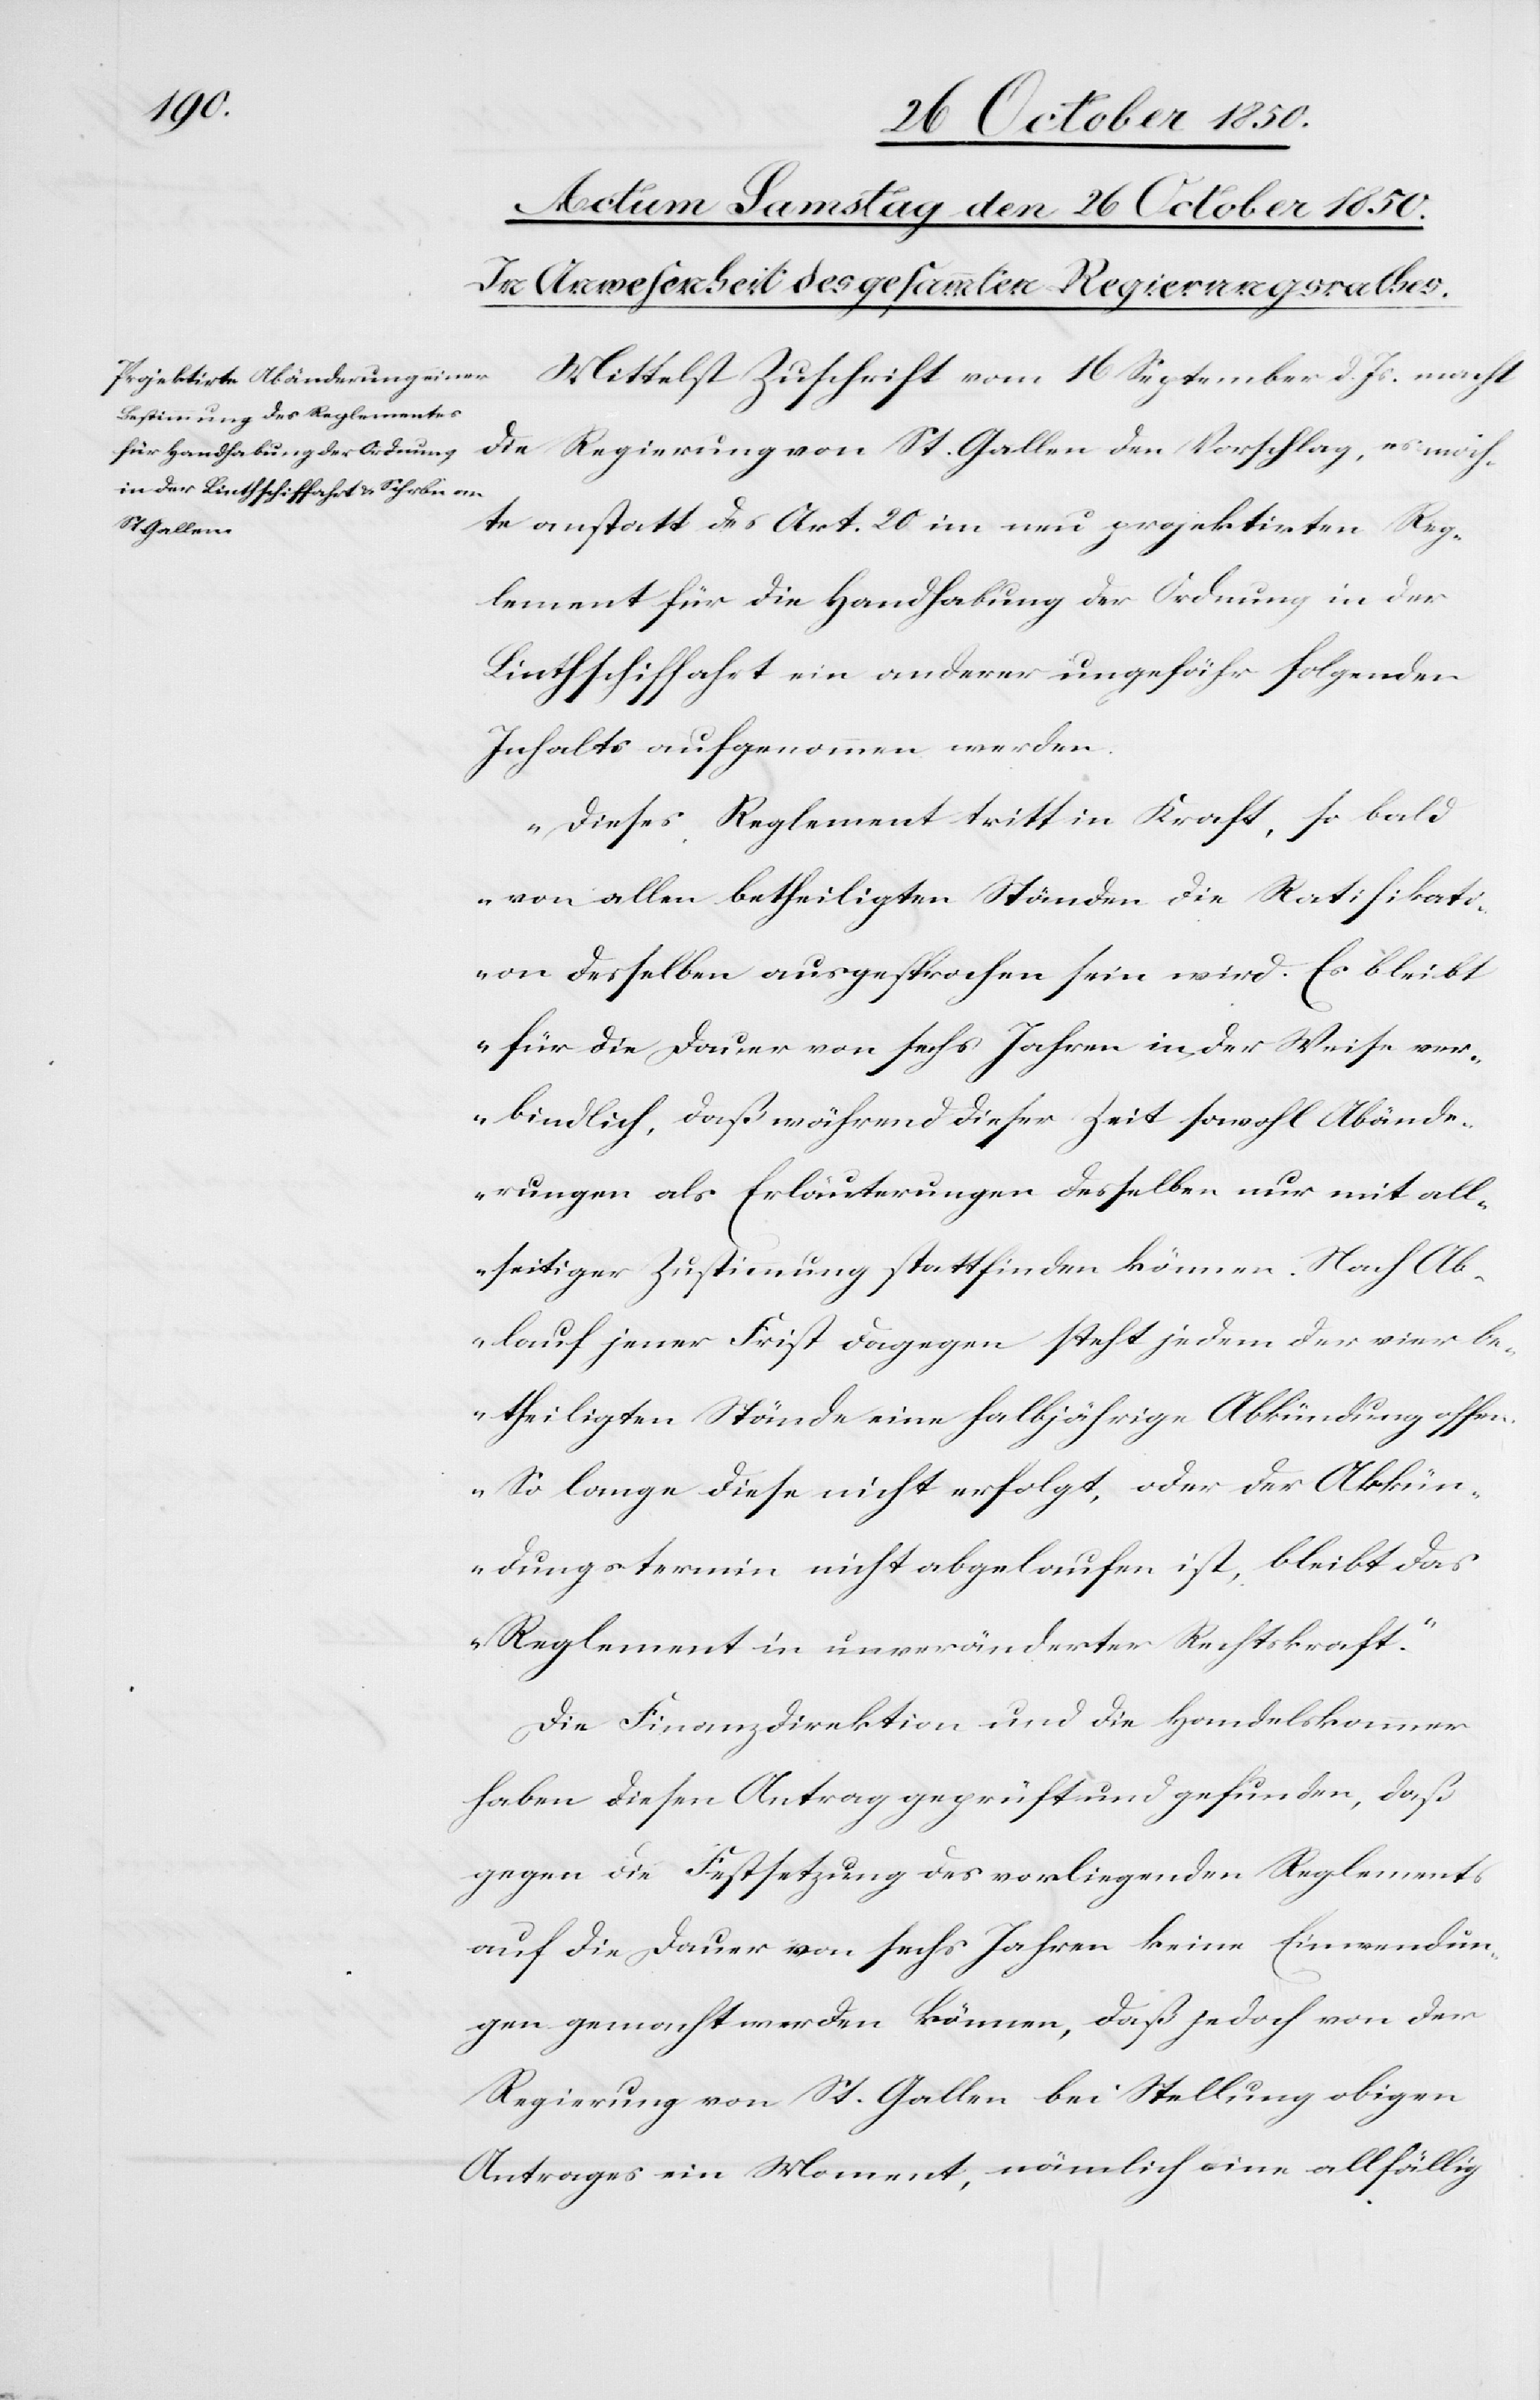
Mittelst Zuschrift vom 16 September d. Js. macht
die Regierung von St. Gallen den Vorschlag, es möch¬
te anstatt des Art. 20 im neu projektirten Reg¬
lement für die Handhabung der Ordnung in der
Linthschiffahrt ein anderer ungefähr folgenden
Inhalts aufgenommen werden.
„Dieses Reglement tritt in Kraft, so bald
von allen betheiligten Ständen die Ratifikati¬
on desselben ausgesprochen sein wird. Es bleibt
für die Dauer von sechs Jahren in der Weise ver¬
bindlich, daß während dieser Zeit sowohl Abände¬
rungen als Erläuterungen desselben nur mit all¬
seitiger Zustimmung stattfinden können. Nach Ab¬
lauf jener Frist dagegen steht jedem der vier be¬
theiligten Stände eine halbjährige Abkündung offen.
So lange diese nicht erfolgt, oder der Abkün¬
dungstermin nicht abgelaufen ist, bleibt das
Reglement in unveränderter Rechtskraft.“
Die Finanzdirektion und die Handelskammer
haben diesen Antrag geprüft und gefunden, daß
gegen die Festsetzung des vorliegenden Reglements
auf die Dauer von sechs Jahren keine Einwendun¬
gen gemacht werden können, daß jedoch von der
Regierung von St. Gallen bei Stellung obigen
Antrages ein Moment, nämlich eine allfällig